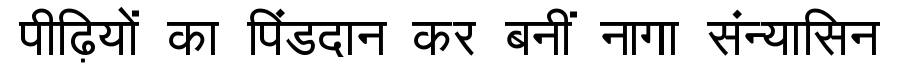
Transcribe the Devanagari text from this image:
पीढ़ियों का पिंडदान कर बनीं नागा संन्यासिन